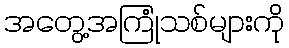
အတွေ့အကြုံသစ်များကို